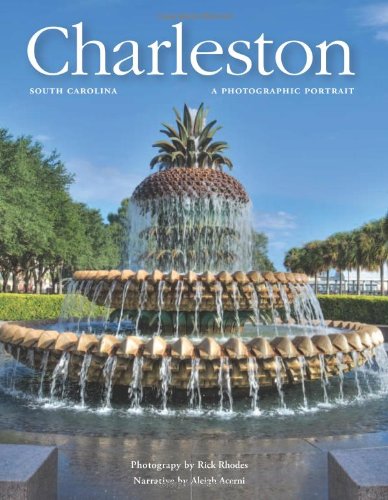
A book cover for Charleston: A Photographic Portrait; Aleigh Acerni; Travel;